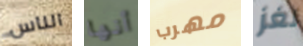
الناس أنها مهرب لغز